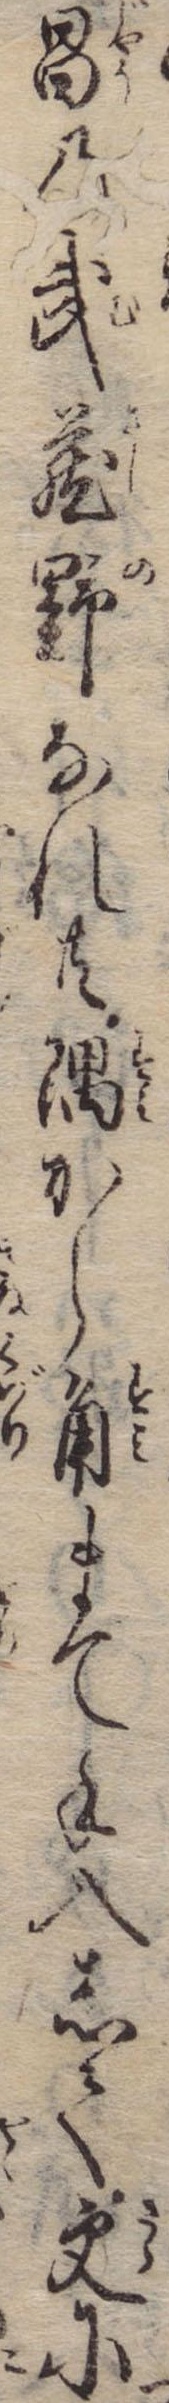
昌の武蔵野なれ共隅から角まで手入して更に